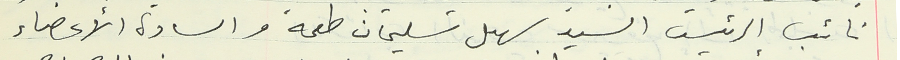
نائب الرئيس السيد سهل سليمان طعمه والسادة الأعضاء